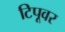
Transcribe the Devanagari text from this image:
टिपूवर